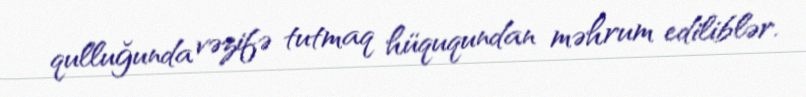
qulluğunda vəzifə tutmaq hüququndan məhrum ediliblər.